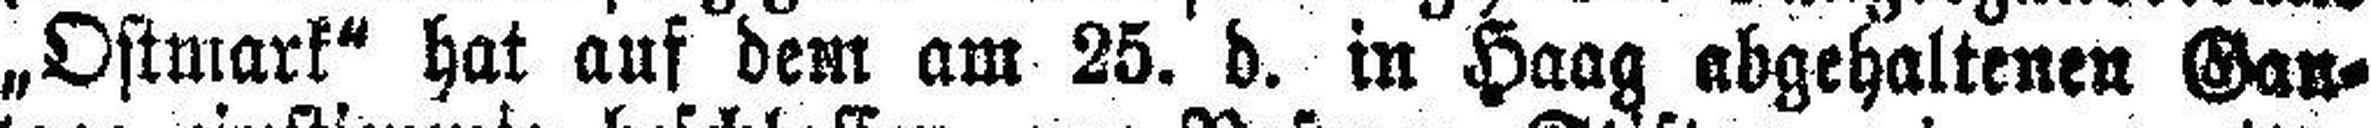
„Ostmark“ hat auf dem am 25. d. in Haag abgehaltenen Gau¬